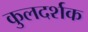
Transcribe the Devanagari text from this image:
कुलदर्शक